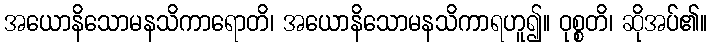
အယောနိသောမနသိကာရောတိ၊ အယောနိသောမနသိကာရဟူ၍။ ဝုစ္စတိ၊ ဆိုအပ်၏။